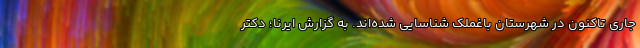
جاری تاکنون در شهرستان باغملک شناسایی شده‌اند. به گزارش ایرنا؛ دکتر